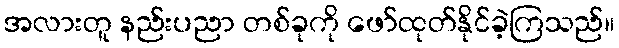
အလားတူ နည်းပညာ တစ်ခုကို ဖော်ထုတ်နိုင်ခဲ့ကြသည်။